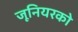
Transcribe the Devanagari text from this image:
जूनियरको